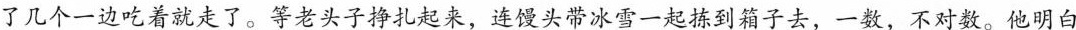
了几个一边吃着就走了。等老头子挣扎起来，连馒头带冰雪一起捡到箱子去，一数，不对数。他明白